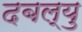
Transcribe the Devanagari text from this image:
दबल्यु